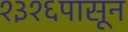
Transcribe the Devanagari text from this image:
१३१६पासून